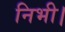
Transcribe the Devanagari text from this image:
निभी।